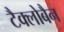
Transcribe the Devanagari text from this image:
टैक्लोबैन